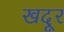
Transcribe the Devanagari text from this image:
खदूर